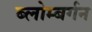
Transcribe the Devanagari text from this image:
ब्लोम्बर्गन